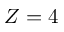
Z = 4